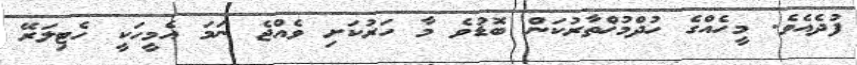
ފުދެއެވެ. މީހެއްގެ ހުދްމުޚްތާރުކަން ބޮޑުވެ މާ ހަރުކަށި ވެއްޖެ ނަމަ އެމީހަކީ ހެޓިލަރޭ